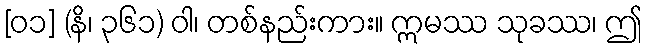
[၀၁] (နိ၊ ၃၆၁) ဝါ၊ တစ်နည်းကား။ ဣမဿ သုခဿ၊ ဤ